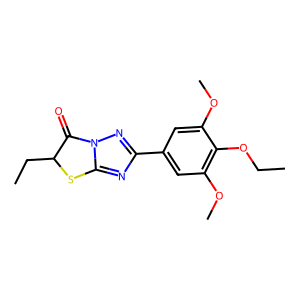
SMILES: CCOc1c(OC)cc(-c2nc3n(n2)C(=O)C(CC)S3)cc1OC
Inhibits HIV replication: No